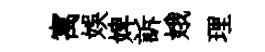
寓娱婢訴娥理